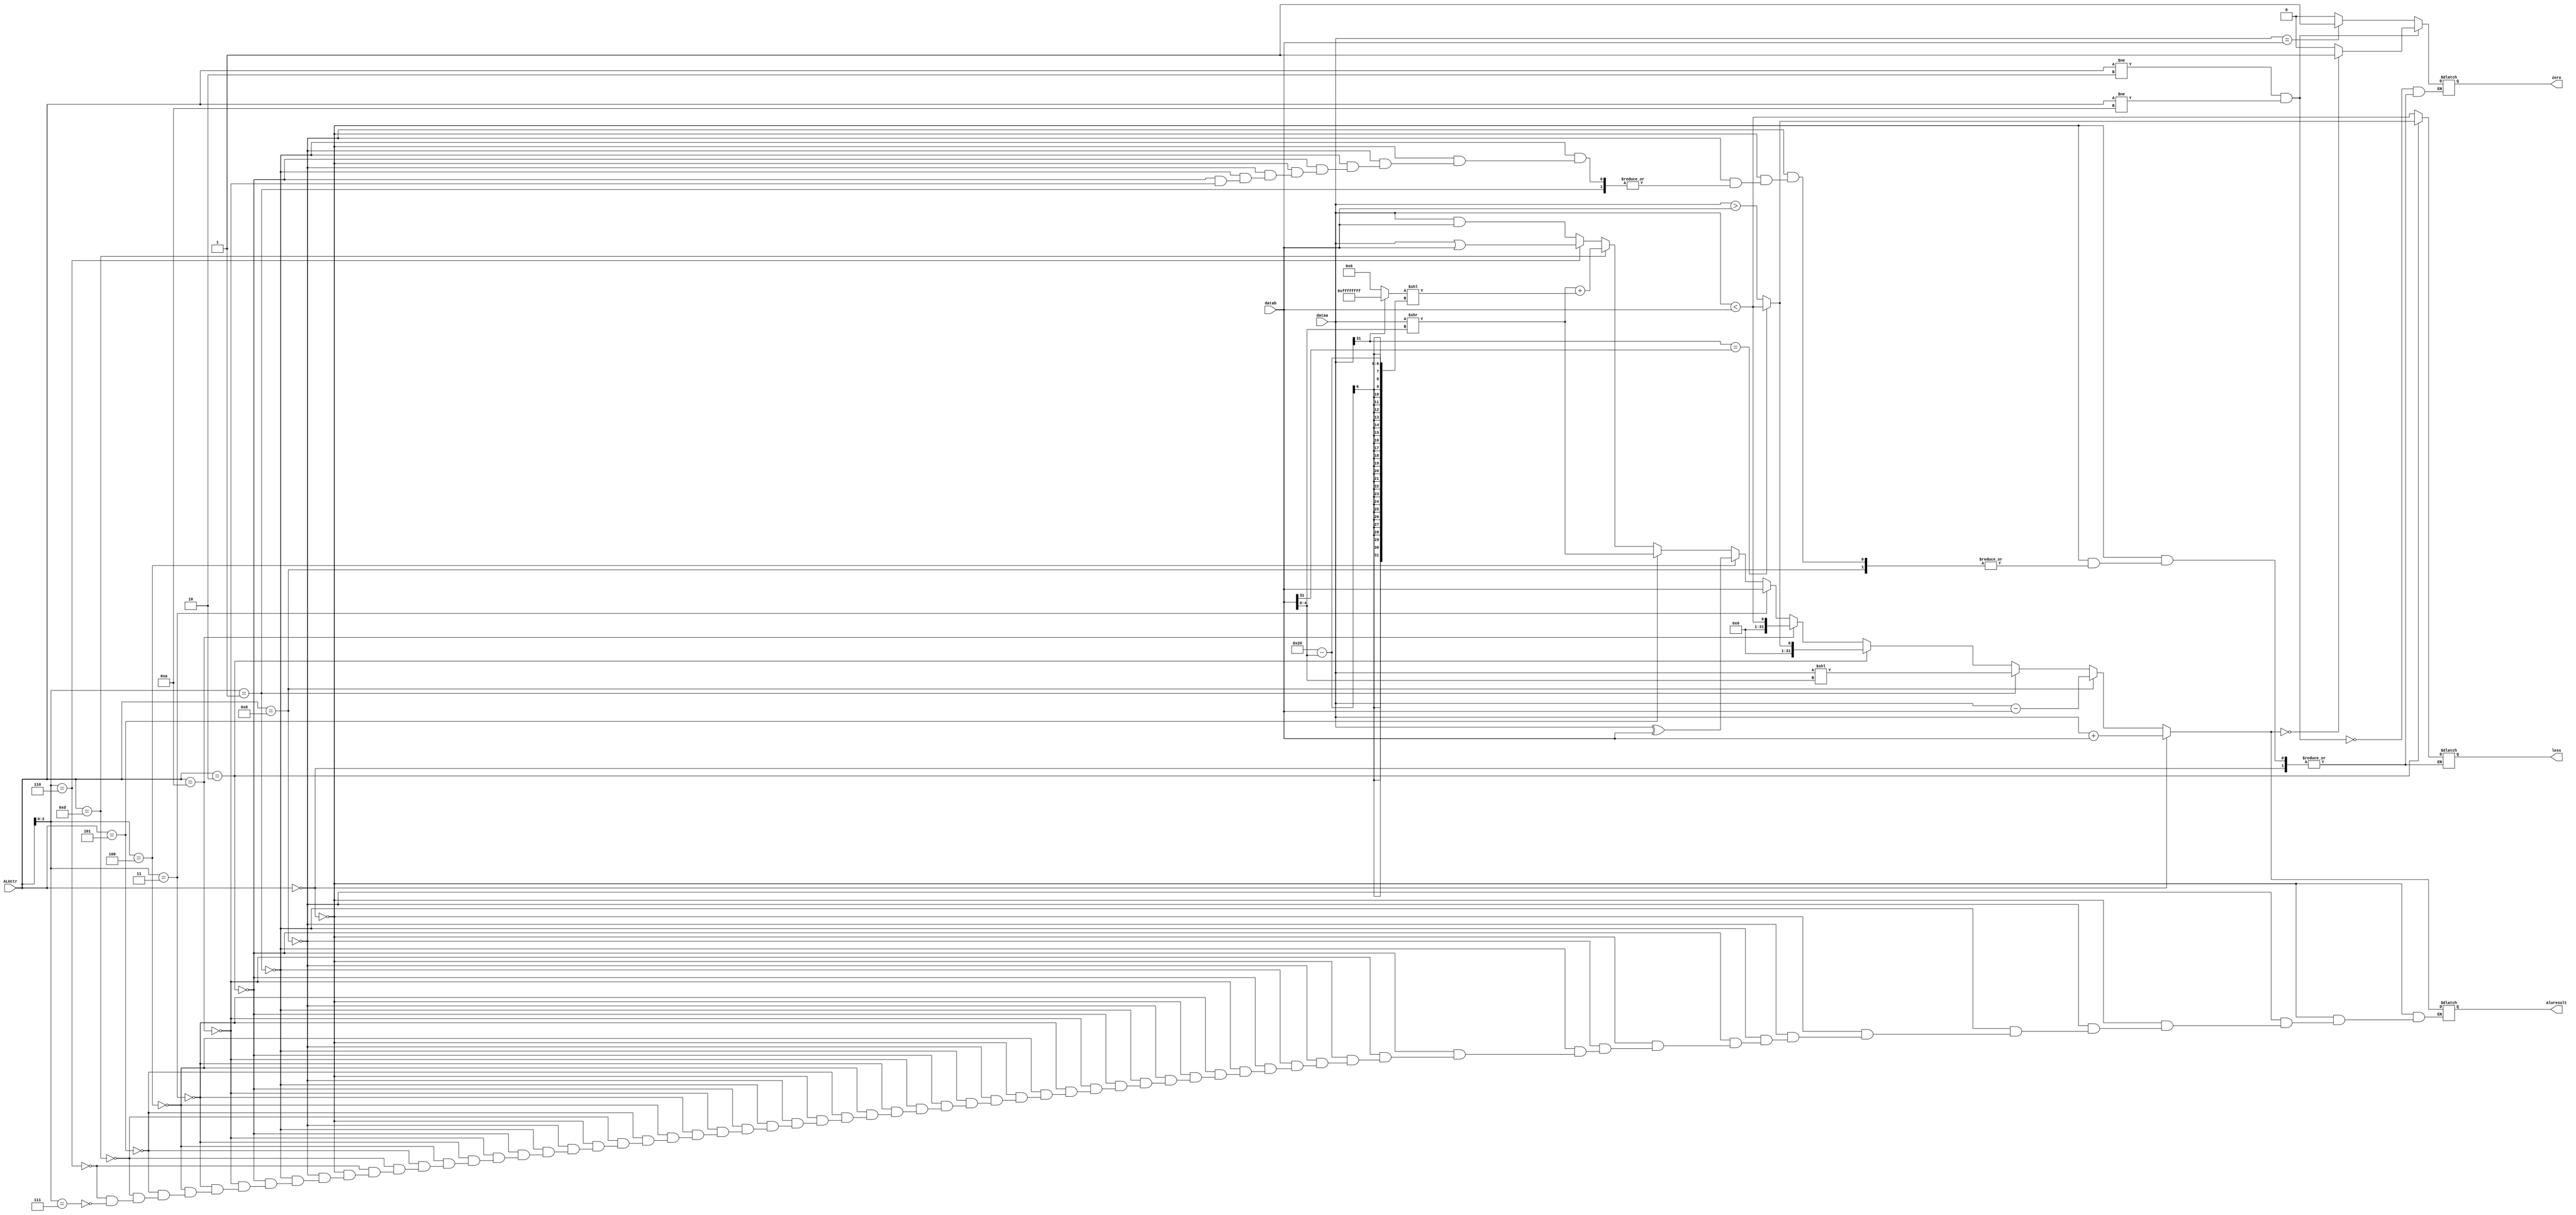
module ALU(
	input [31:0] dataa,
	input [31:0] datab,
	input [3:0]  ALUctr,
	output less,
	output zero,
	output reg [31:0] aluresult);

//add your code here
	reg l = 0;
	reg z = 0;
	reg [31:0] temp[1:0];
	always @ (*) begin
		temp[0] = 32'b0;
		temp[1] = 32'b11111111111111111111111111111111;
		if(ALUctr == 4'b0)
			aluresult = dataa + datab;
		else if(ALUctr == 4'b1000)
			aluresult = dataa - datab;
		else if(ALUctr[2:0] == 3'b001)
			aluresult = dataa << datab[4:0];
		else if(ALUctr == 4'b0010) begin
			z = dataa == datab ? 1 : 0;
			if(dataa[31] == datab[31])
				aluresult = dataa < datab;
			else 
				aluresult = dataa > datab;
			l = aluresult[0];
		end
		else if(ALUctr == 4'b1010) begin
			z = dataa == datab ? 1 : 0;
			aluresult = dataa < datab;
			l = aluresult[0];
		end
		else if(ALUctr[2:0] == 3'b011)
			aluresult = datab;
		else if(ALUctr[2:0] == 3'b100)
			aluresult = dataa ^ datab;
		else if(ALUctr == 4'b0101)
			aluresult = dataa >> datab[4:0];
		else if(ALUctr == 4'b1101)
			aluresult = (dataa >> datab[4:0]) + (temp[dataa[31]] << (32 - datab[4:0]));
		else if(ALUctr[2:0] == 3'b110)
			aluresult = dataa | datab;
		else if(ALUctr[2:0] == 3'b111)
			aluresult = dataa & datab;
		if(ALUctr != 4'b0010 && ALUctr != 4'b1010)
			z = aluresult == 0 ? 1 : 0;
	end
	assign zero = z;
	assign less = l;

endmodule //ALU